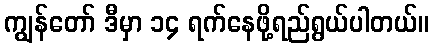
ကျွန်တော် ဒီမှာ ၁၄ ရက်နေဖို့ရည်ရွယ်ပါတယ်။